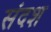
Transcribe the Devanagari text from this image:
संदश